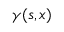
\gamma ( s , x )